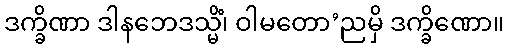
ဒက္ခိဏာ ဒါနဘေဒသ္မိံ၊ ဝါမတော’ညမှိ ဒက္ခိဏော။